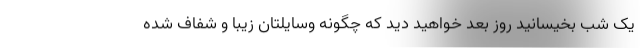
یک شب بخیسانید روز بعد خواهید دید که چگونه وسایلتان زیبا و شفاف شده